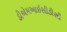
ડીએમઆઈસીડીસી